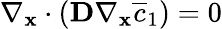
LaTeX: \nabla_{\mathbf x}\cdot(\mathbf D\nabla_{\mathbf x}\overline{c}_{1})=0